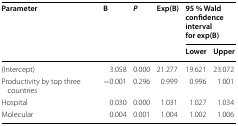
| <ROWSPAN=2> Parameter | <ROWSPAN=2> B | <ROWSPAN=2> P | <ROWSPAN=2> Exp(B) | <COLSPAN=2> 95 % Wald confidence interval for exp(B) |
 | Lower | Upper |
 | --- | --- | --- | --- | --- | --- |
 | (Intercept) | 3.058 | 0.000 | 21.277 | 19.621 | 23.072 |
 | Productivity by top three countries | −0.001 | 0.296 | 0.999 | 0.996 | 1.001 |
 | Hospital | 0.030 | 0.000 | 1.031 | 1.027 | 1.034 |
 | Molecular | 0.004 | 0.001 | 1.004 | 1.002 | 1.006 |